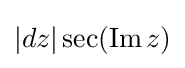
|dz|\sec(\operatorname {Im} z)